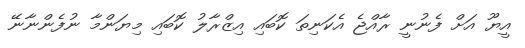
އީޔޫ އަށް ފެނުނީ ރާއްޖެ އެކަނިތަ ކޮބައި އިޒްރާލު ކޮބައި މިޔަންމާ ނުފެންނާނޭ